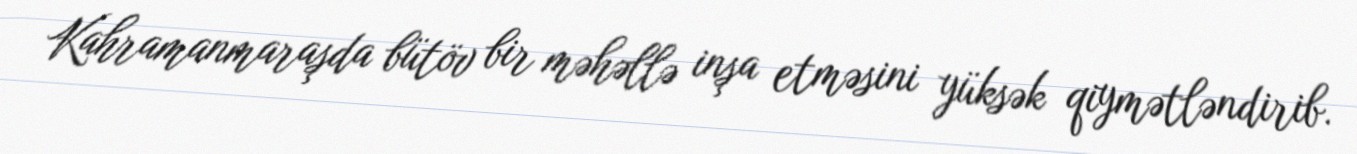
Kahramanmaraşda bütöv bir məhəllə inşa etməsini yüksək qiymətləndirib.